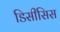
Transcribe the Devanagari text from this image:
डिसीसिस